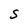
Character: S